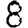
Digit: 8